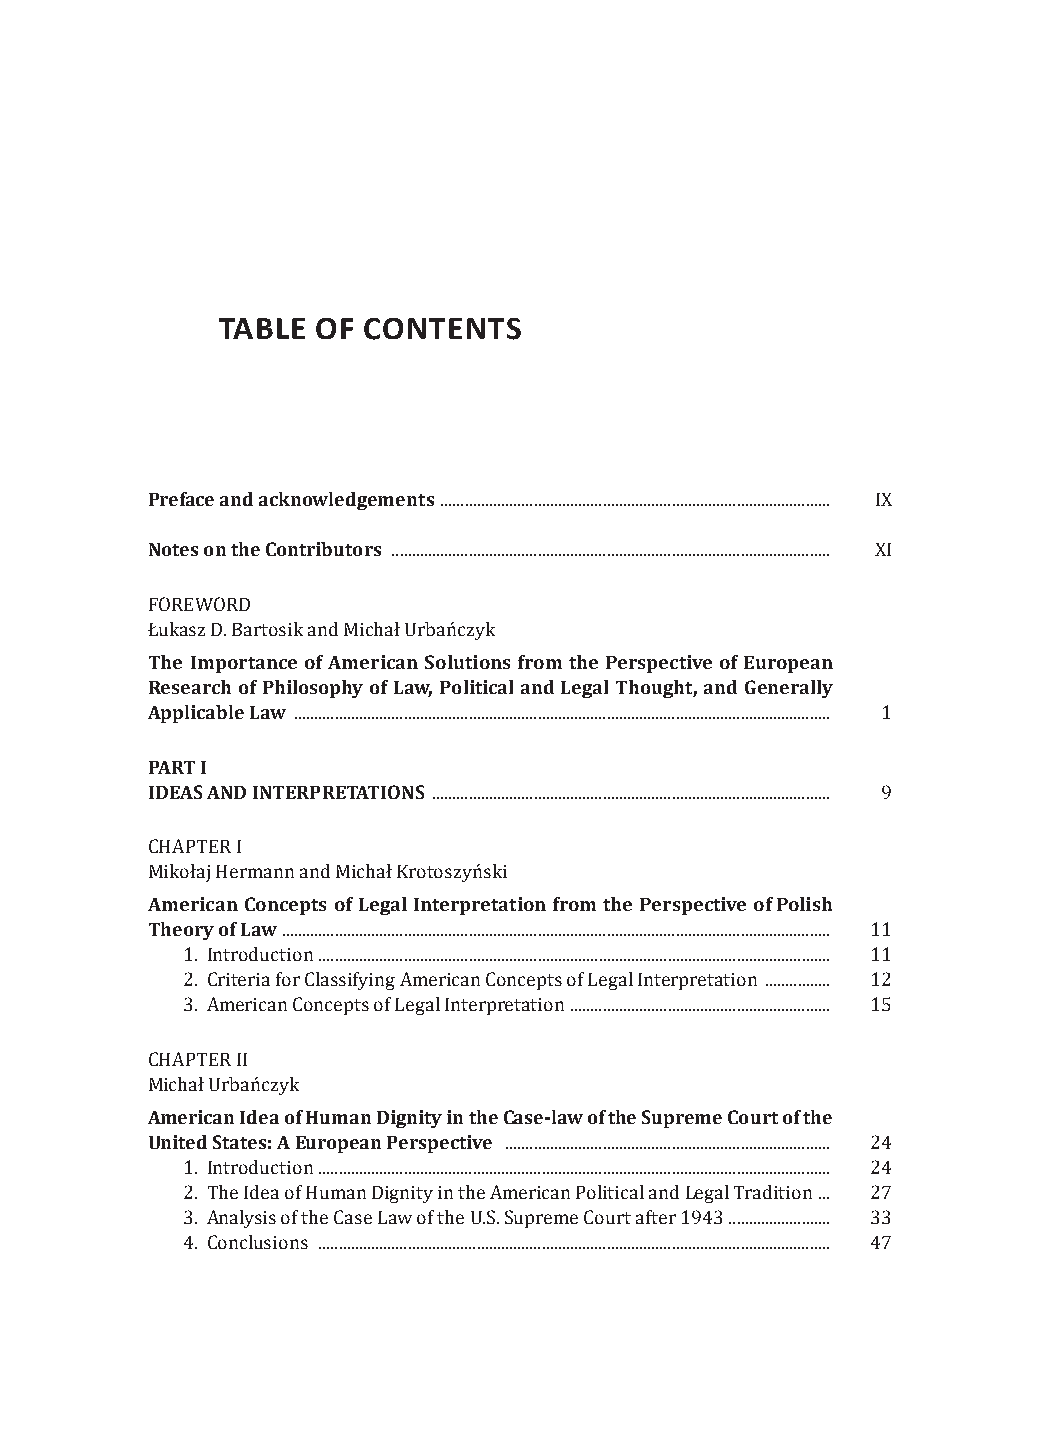
TABLE  OF CONTENTS
 Preface and acknowledgements
 ................................................................................................ IX
 Notes on the Contributors
 ............................................................................................................ XI
 FOREWORD
 The Importance of American Solutions from the Perspective of European
 Łukasz D. Bartosik and Michał Urbańczyk
 Research of Philosophy of Law, Political and Legal Thought, and Generally
 Applicable Law
 .................................................................................................................................... 1
 PART I
 IDEAS AND INTERPRETATIONS
 .................................................................................................. 9
 CHAPTER I
 American Concepts of Legal Interpretation from the Perspective of Polish
 Mikołaj Hermann and Michał Krotoszyński
 Theory of Law
 ....................................................................................................................................... 11
 1. Introduction .............................................................................................................................. 11
 2. Criteria for Classifying American Concepts of Legal Interpretation ................ 12
 3. American Concepts of Legal Interpretation ................................................................ 15
 CHAPTER II
 American Idea of Human Dignity in the Case-law of the Supreme Court of the
 Michał Urbańczyk
 United States: A European Perspective
 ................................................................................ 24
 1. Introduction .............................................................................................................................. 24
 2. The Idea of Human Dignity in the American Political and Legal Tradition ... 27
 3. Analysis of the Case Law of the U.S. Supreme Court after 1943 ......................... 33
 4. Conclusions .............................................................................................................................. 47